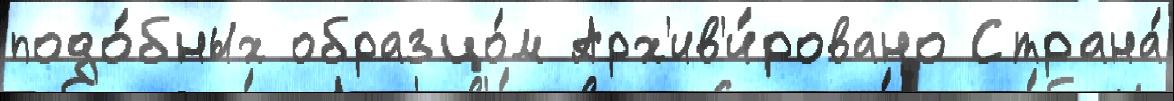
подо́бных образцо́м Арх'ив'и́ровано Страна́